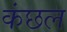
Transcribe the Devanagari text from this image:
कंछल